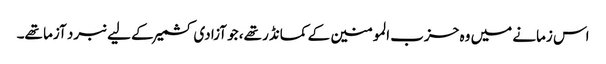
اس زمانے میں وہ حزب المومنین کے کمانڈر تھے، جو آزادی کشمیر کے لیے نبرد آزما تھے۔